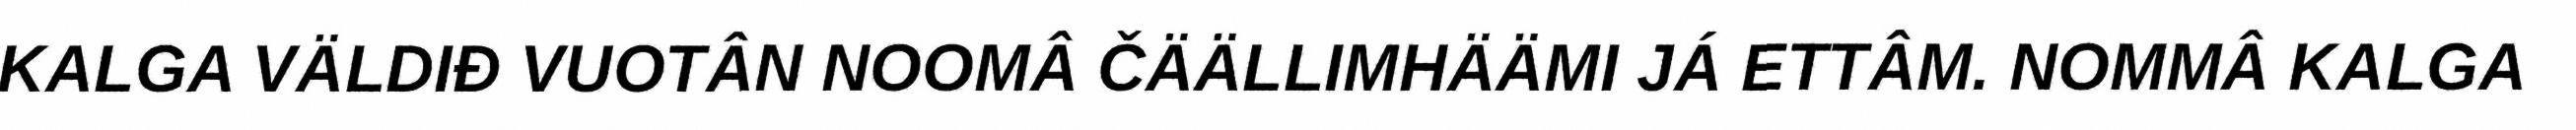
KALGA VÄLDIĐ VUOTÂN NOOMÂ ČÄÄLLIMHÄÄMI JÁ ETTÂM. NOMMÂ KALGA